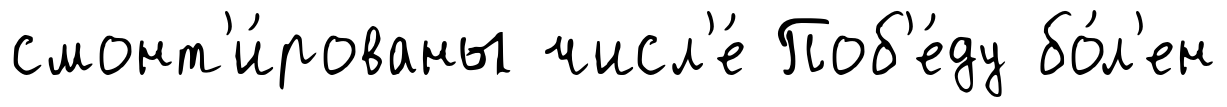
смонт'и́рованы числ'е́ Поб'е́ду бо́л'ен